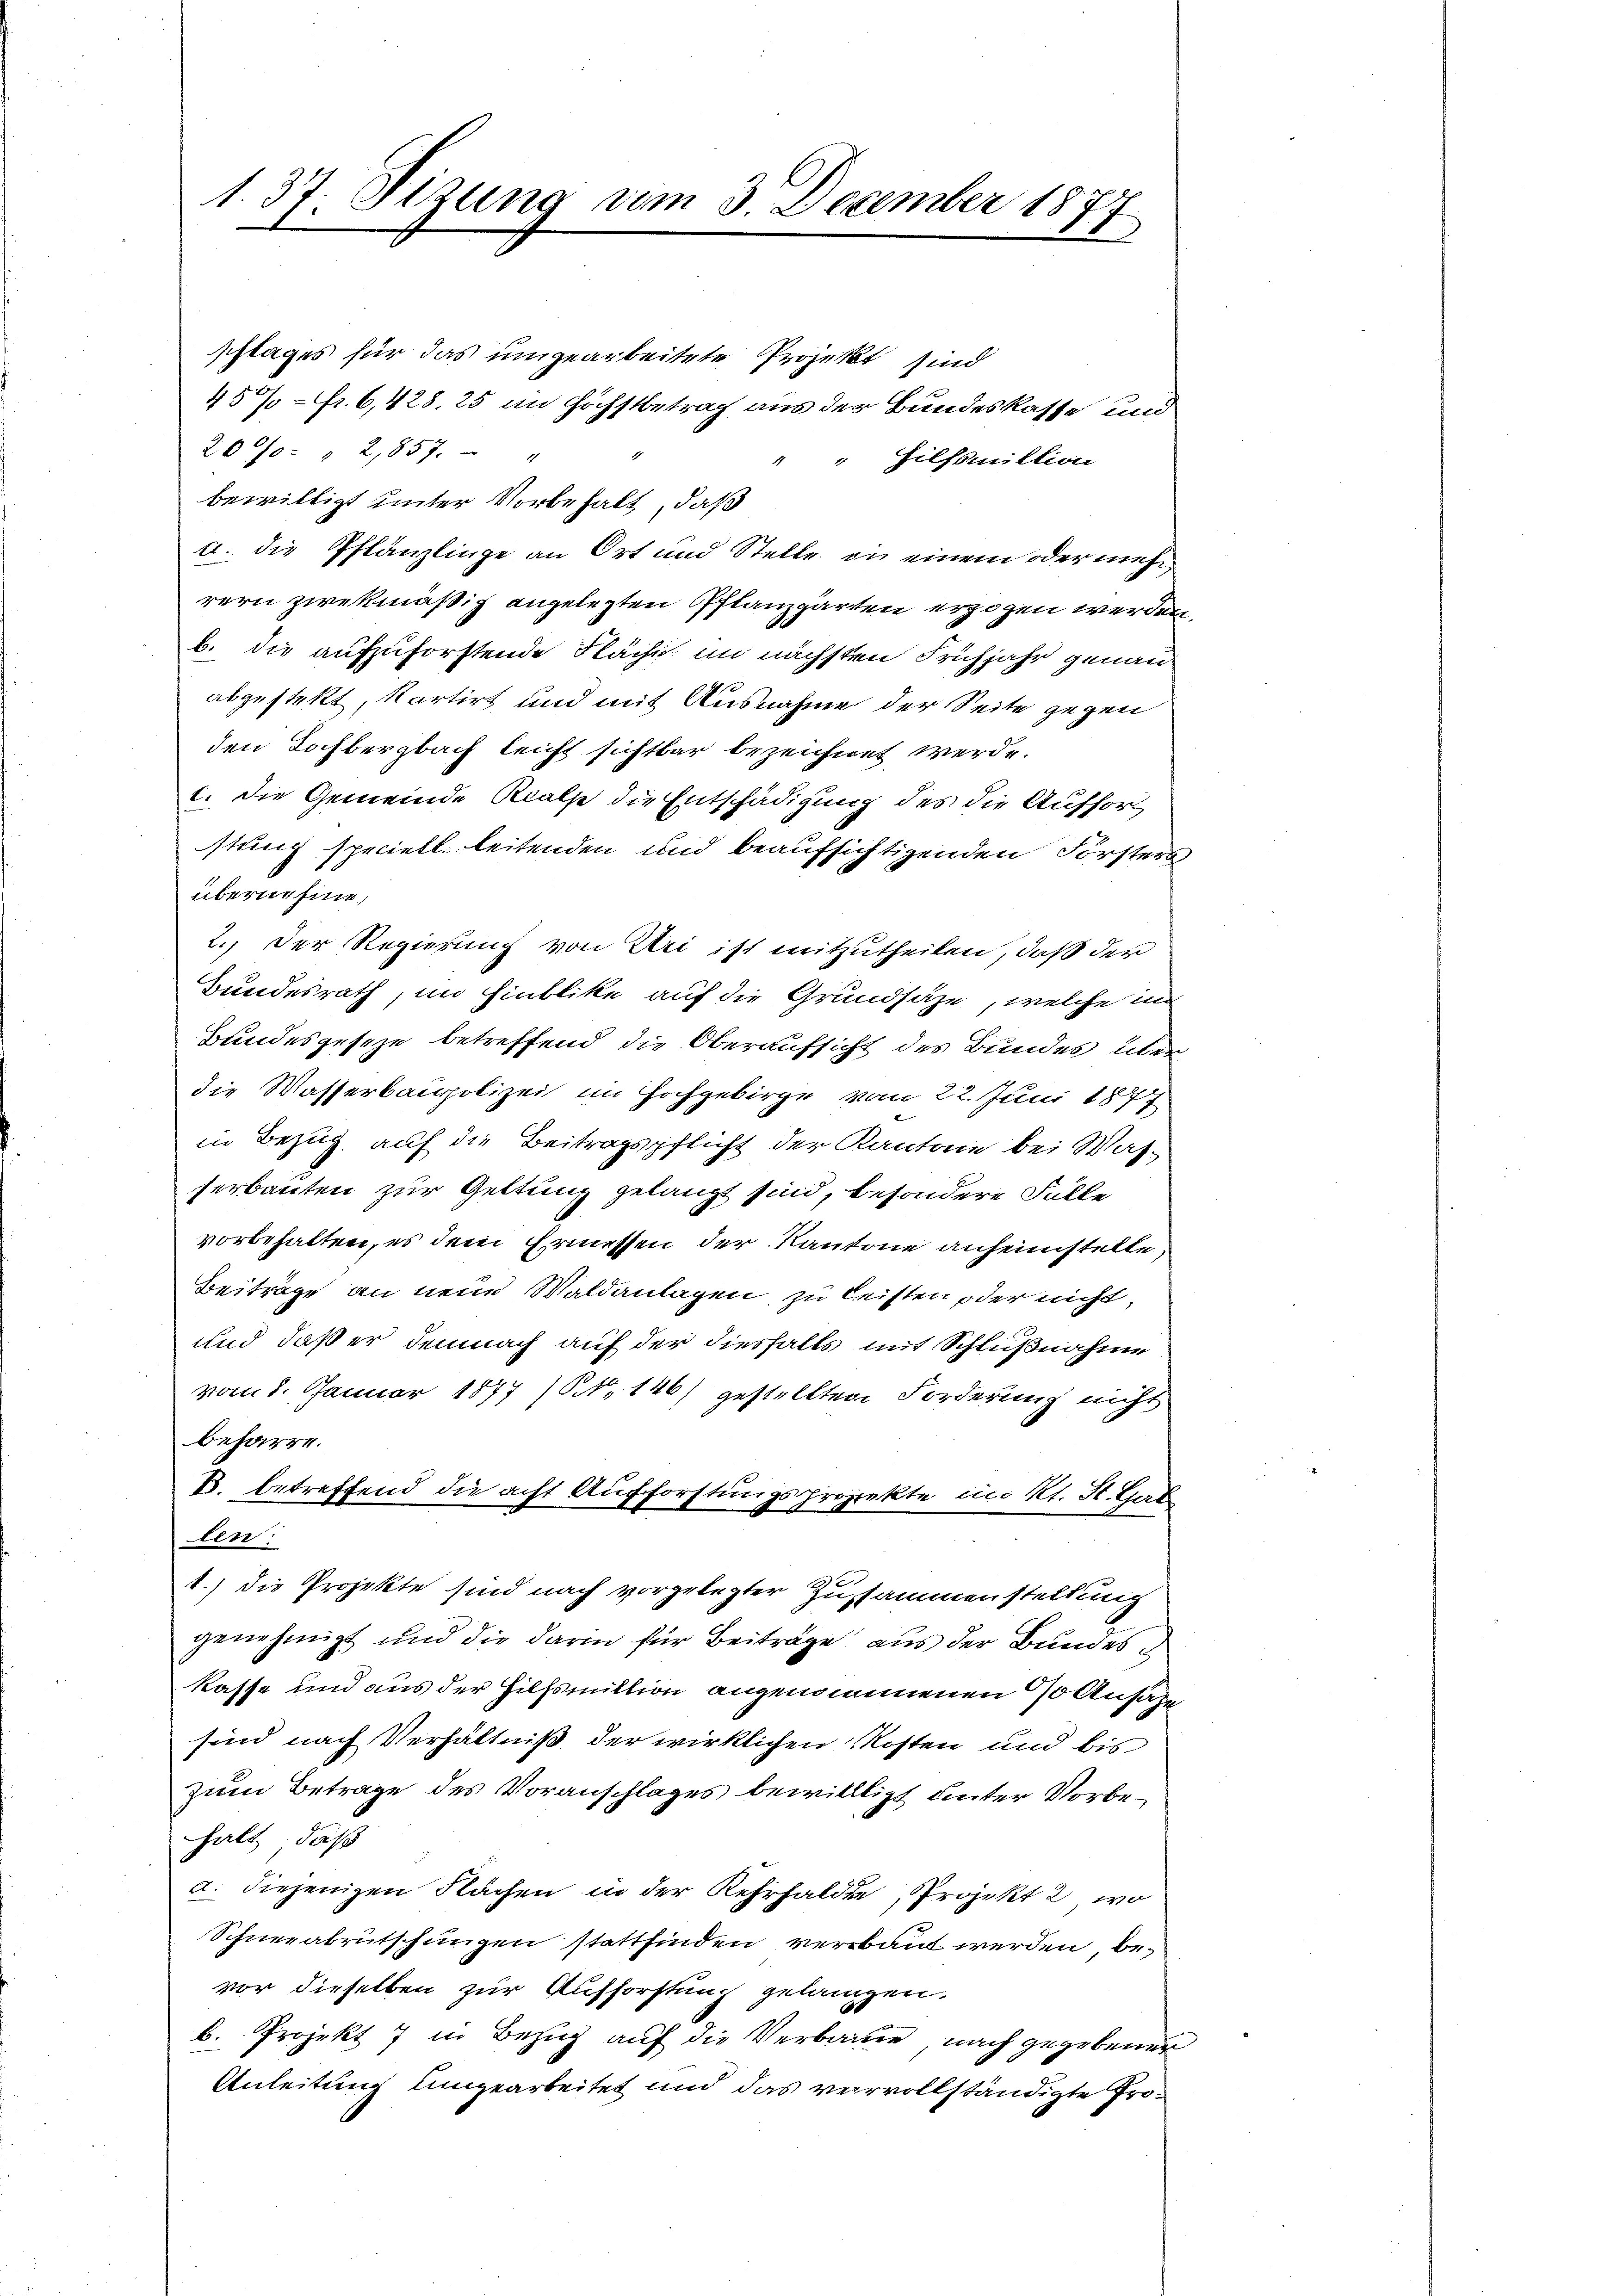
schlages für das umgearbeitete Projekt sind
45% = Fr. 6,428, 25 im Höchstbetrag aus der Bundeskasse und
20/0 " 2,857. "
" " Hilfsmiltion
bewilligt unter Vorbehalt, daß
u. die Pflanzlinge an Ort und Stelle die einem oder mehr
rern zwekmäßig angelegten Pflanzgarten erzogen werden,
b. die aufzuforstende Fläche im nächsten Frühjahr genau
abgestekt, kartirt und mit Ausnahme der Seite gegen
den Tochbergbach leicht sichtbar bezeichnet werde.
1. Die Gemeinde Klasse die Entschädigung des die Aufhörstung speciell leitenden und beaufsichtigenden Forsters
übernehme,
2.) Der Regierung von Uri ist mitzutheilen, daß der
Bundesrath, im Hinblike auf die Grundsähe, welche in
Bundesgeseze betreffend die Oberaufsicht des Bundes über
die Wasserbaupolizei im Hochgebirge vom 22. Juni 1877
in Bezug auf die Beitragspflicht der Kantone bei Was-
serbauten zur Geltung gelangt sind, besondere Fülle
vorbehalten, es dem Ermessen der Kantone anheimstelle,
Beiträge an neue Waldanlagen, zu leisten oder nicht,
und daß er demnach auf der diesfalls mit Schlußnahme
vom 8. Januar 1877 (NNo. 146) gestellten Forderung nicht
beharre.
B. betreffend die acht Aufforstungsprojekte im Kt. St. Gad
len.
1.) Die Projekte sind nach vorgelegter Zusammenstellung
genehmigt und die darin für Beiträge aus der Bundes
kasse und aus der Hilfsmittion angenommenen 30 Ansäße
sind nach Verhältniß der wirklichen Kosten und bis
zum Betrage des Voranschlages bewillligt unter Vorbehalt, daß
a. diejenigen Flächen in der Kehrfaldte Projekt 2, wo
Schneeabrutschungen stattfinden verbaut werden, bevor dieselben zur Aufforstung gelangen.
b. Projekt 7 in Bezug auf die Verbauen, nach gegebener
Anleitung umgearbeitet und das verrvollständigte Pro¬

1. 37. Stzung vom 3. December 1877